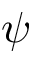
\psi